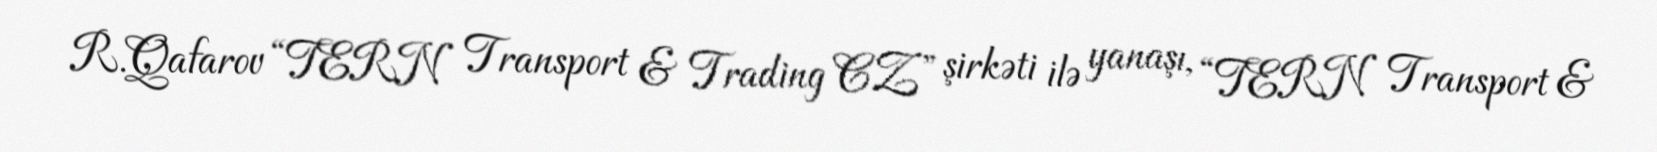
R.Qafarov “TERN Transport & Trading CZ” şirkəti ilə yanaşı, “TERN Transport &